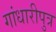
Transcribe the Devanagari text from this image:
गांधारीपुत्र